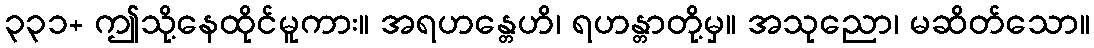
၃၃၁+ ဤသို့နေထိုင်မူကား။ အရဟန္တေဟိ၊ ရဟန္တာတို့မှ။ အသုညော၊ မဆိတ်သော။